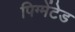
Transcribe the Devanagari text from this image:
पिग्मेंटेड